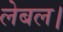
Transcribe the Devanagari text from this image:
लेबल।